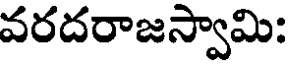
వరదరాజస్వామి: